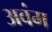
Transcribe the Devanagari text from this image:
अवंम